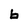
Character: 6